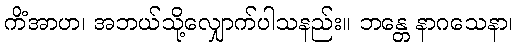
ကိံအာဟ၊ အဘယ်သို့လျှောက်ပါသနည်း။ ဘန္တေ နာဂသေနာ၊